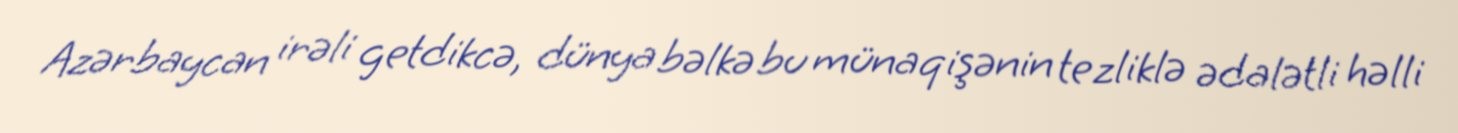
Azərbaycan irəli getdikcə, dünya bəlkə bu münaqişənin tezliklə ədalətli həlli